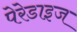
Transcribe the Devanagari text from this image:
पेरेडाइज